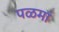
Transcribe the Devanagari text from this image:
पळमां